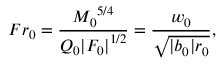
F r _ { 0 } = \frac { { M _ { 0 } } ^ { 5 / 4 } } { Q _ { 0 } { | F _ { 0 } | } ^ { 1 / 2 } } = \frac { w _ { 0 } } { \sqrt { | b _ { 0 } | r _ { 0 } } } ,